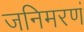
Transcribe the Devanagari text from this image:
जनिमरणं